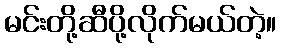
မင်းတို့ဆီပို့လိုက်မယ်တဲ့။